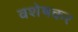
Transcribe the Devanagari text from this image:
वशेषकर